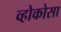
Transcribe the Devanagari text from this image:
व्होकोसा